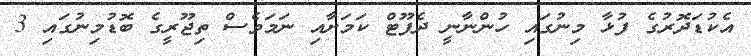
އެކުޑަދޮރުގެ ފުޅާ މިނުގައި ހުންނާނީ ދެފޫޓް ކަމަށާއި ނަމަވެސް ތިޖޫރީގެ ބޮޑުމިނުގައި 3